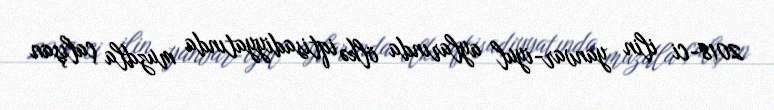
2018-ci ilin yanvar-iyul aylarında ölkə iqtisadiyyatında muzdla çalışan